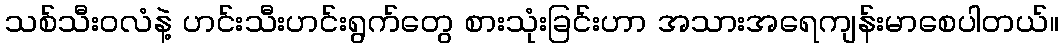
သစ်သီးဝလံနဲ့ ဟင်းသီးဟင်းရွက်တွေ စားသုံးခြင်းဟာ အသားအရေကျန်းမာစေပါတယ်။